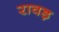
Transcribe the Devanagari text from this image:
रावड़